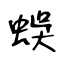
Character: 蜈